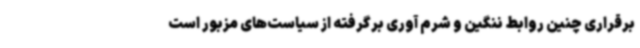
برقراری چنین روابط ننگین و شرم آوری برگرفته از سیاست‌های مزبور است